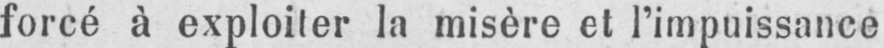
forcé à exploiter la misère et l’impuissance